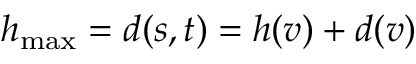
h _ { \mathrm { m a x } } = d ( s , t ) = h ( v ) + d ( v )